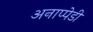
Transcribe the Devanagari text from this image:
अनाप्पेडी